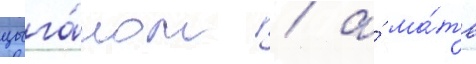
цыга́ном / а́ ма́ть